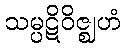
သမ္ပဋိဝိဇ္ဈဟံ